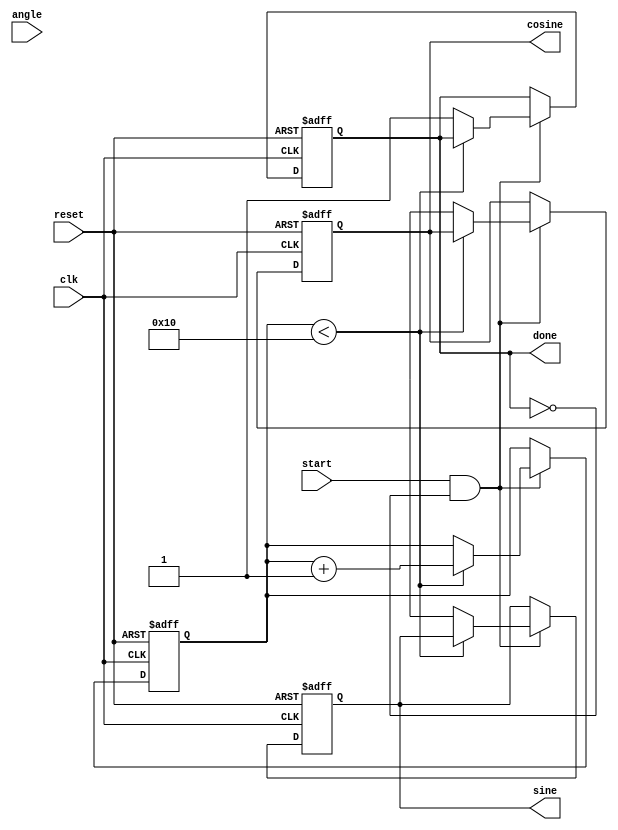
module cordic_rotational #(
    parameter WIDTH = 16,            // Bit-width for fixed-point representation
    parameter ITERATIONS = 16        // Number of CORDIC iterations
)(
    input wire clk,                  // Clock signal
    input wire reset,                // Reset signal
    input wire [WIDTH-1:0] angle,    // Angle input in fixed-point representation
    input wire start,                // Start signal for computation
    output reg [WIDTH-1:0] sine,     // Sine output
    output reg [WIDTH-1:0] cosine,   // Cosine output
    output reg done                  // Done flag
);

    // Internal registers
    reg [WIDTH-1:0] x [0:ITERATIONS-1]; // X values
    reg [WIDTH-1:0] y [0:ITERATIONS-1]; // Y values
    reg [WIDTH-1:0] z [0:ITERATIONS-1]; // Angle values
    reg [ITERATIONS-1:0] d;             // Direction control
    reg [4:0] iteration_count;           // Iteration counter
    reg [WIDTH-1:0] atan_table [0:ITERATIONS-1]; // Arctangent lookup table

    // Initialize arctangent values (fixed-point representation)
    initial begin
        atan_table[0] = 16'h2000; // atan(2^0) = /4
        atan_table[1] = 16'h1000; // atan(2^-1) = /8
        atan_table[2] = 16'h0800; // atan(2^-2) = /16
        atan_table[3] = 16'h0400; // atan(2^-3) = /32
        // Fill in the rest of the atan_table as needed
    end

    // Control logic
    always @(posedge clk or posedge reset) begin
        if (reset) begin
            iteration_count <= 0;
            done <= 0;
            sine <= 0;
            cosine <= 0;
            x[0] <= 16'h0001; // Initial X = 1
            y[0] <= 16'h0000; // Initial Y = 0
            z[0] <= angle;    // Load angle
        end else if (start && !done) begin
            if (iteration_count < ITERATIONS) begin
                // Determine direction
                if (z[iteration_count] < 0) begin
                    d[iteration_count] <= 1; // Counterclockwise
                    z[iteration_count + 1] <= z[iteration_count] + atan_table[iteration_count];
                end else begin
                    d[iteration_count] <= 0; // Clockwise
                    z[iteration_count + 1] <= z[iteration_count] - atan_table[iteration_count];
                end

                // CORDIC rotation equations
                x[iteration_count + 1] <= x[iteration_count] - (d[iteration_count] ? (y[iteration_count] >>> iteration_count) : 0);
                y[iteration_count + 1] <= y[iteration_count] + (d[iteration_count] ? (x[iteration_count] >>> iteration_count) : 0);

                iteration_count <= iteration_count + 1;
            end else begin
                // Final results
                sine <= y[ITERATIONS];
                cosine <= x[ITERATIONS];
                done <= 1; // Set done flag
            end
        end
    end
endmodule